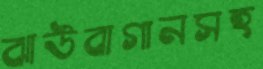
ঝাউবাগানসহ